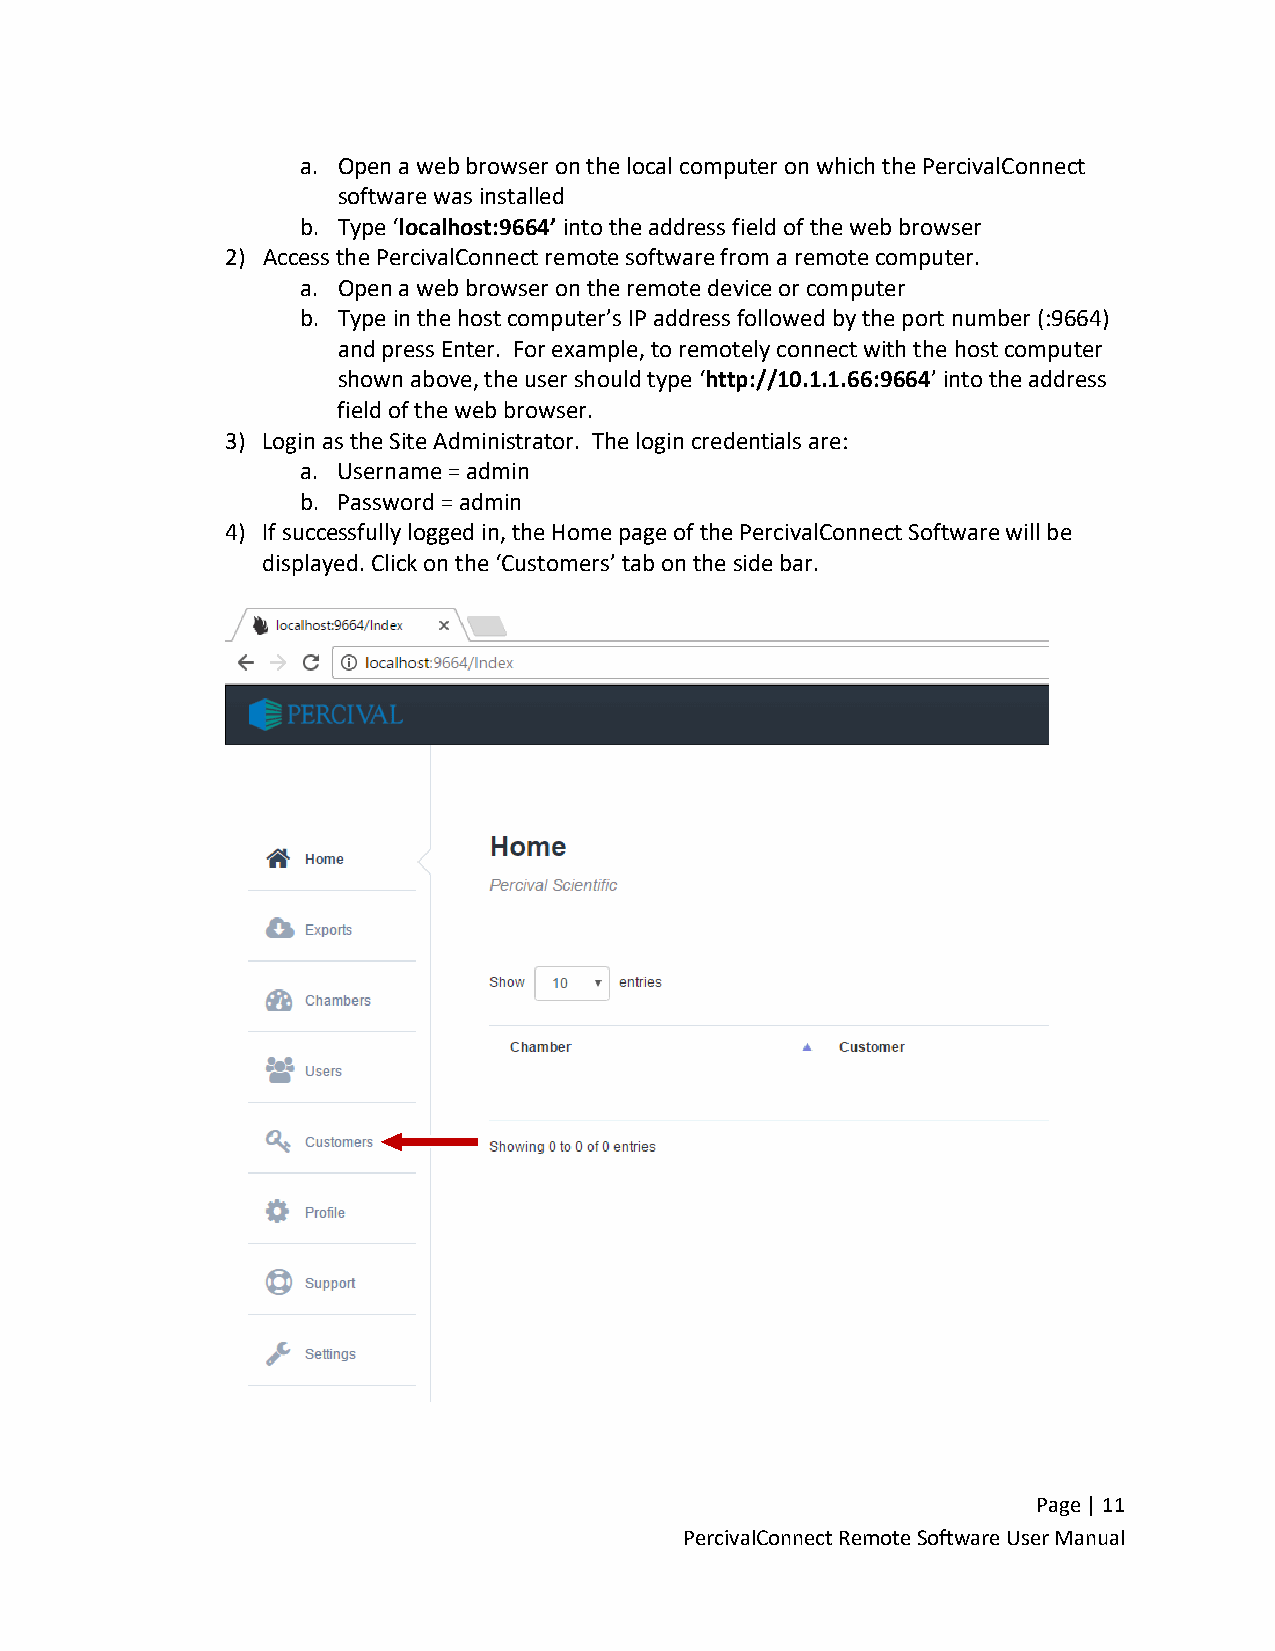
a. Open a web browser on the local computer on which the PercivalConnect
 software was installed
 b. Type ‘localhost:9664’ into the address field of the web browser
 2) Access the PercivalConnect remote software from a remote computer.
 a. Open a web browser on the remote device or computer
 b. Type in the host computer’s IP address followed by the port number (:9664)
 and press Enter. For example, to remotely connect with the host computer
 shown above, the user should type ‘http://10.1.1.66:9664’ into the address
 field of the web browser.
 3) Login as the Site Administrator. The login credentials are:
 a. Username = admin
 b. Password = admin
 4) If successfully logged in, the Home page of the PercivalConnect Software will be
 displayed. Click on the ‘Customers’ tab on the side bar.
 Page | 11
 PercivalConnect Remote Software User Manual